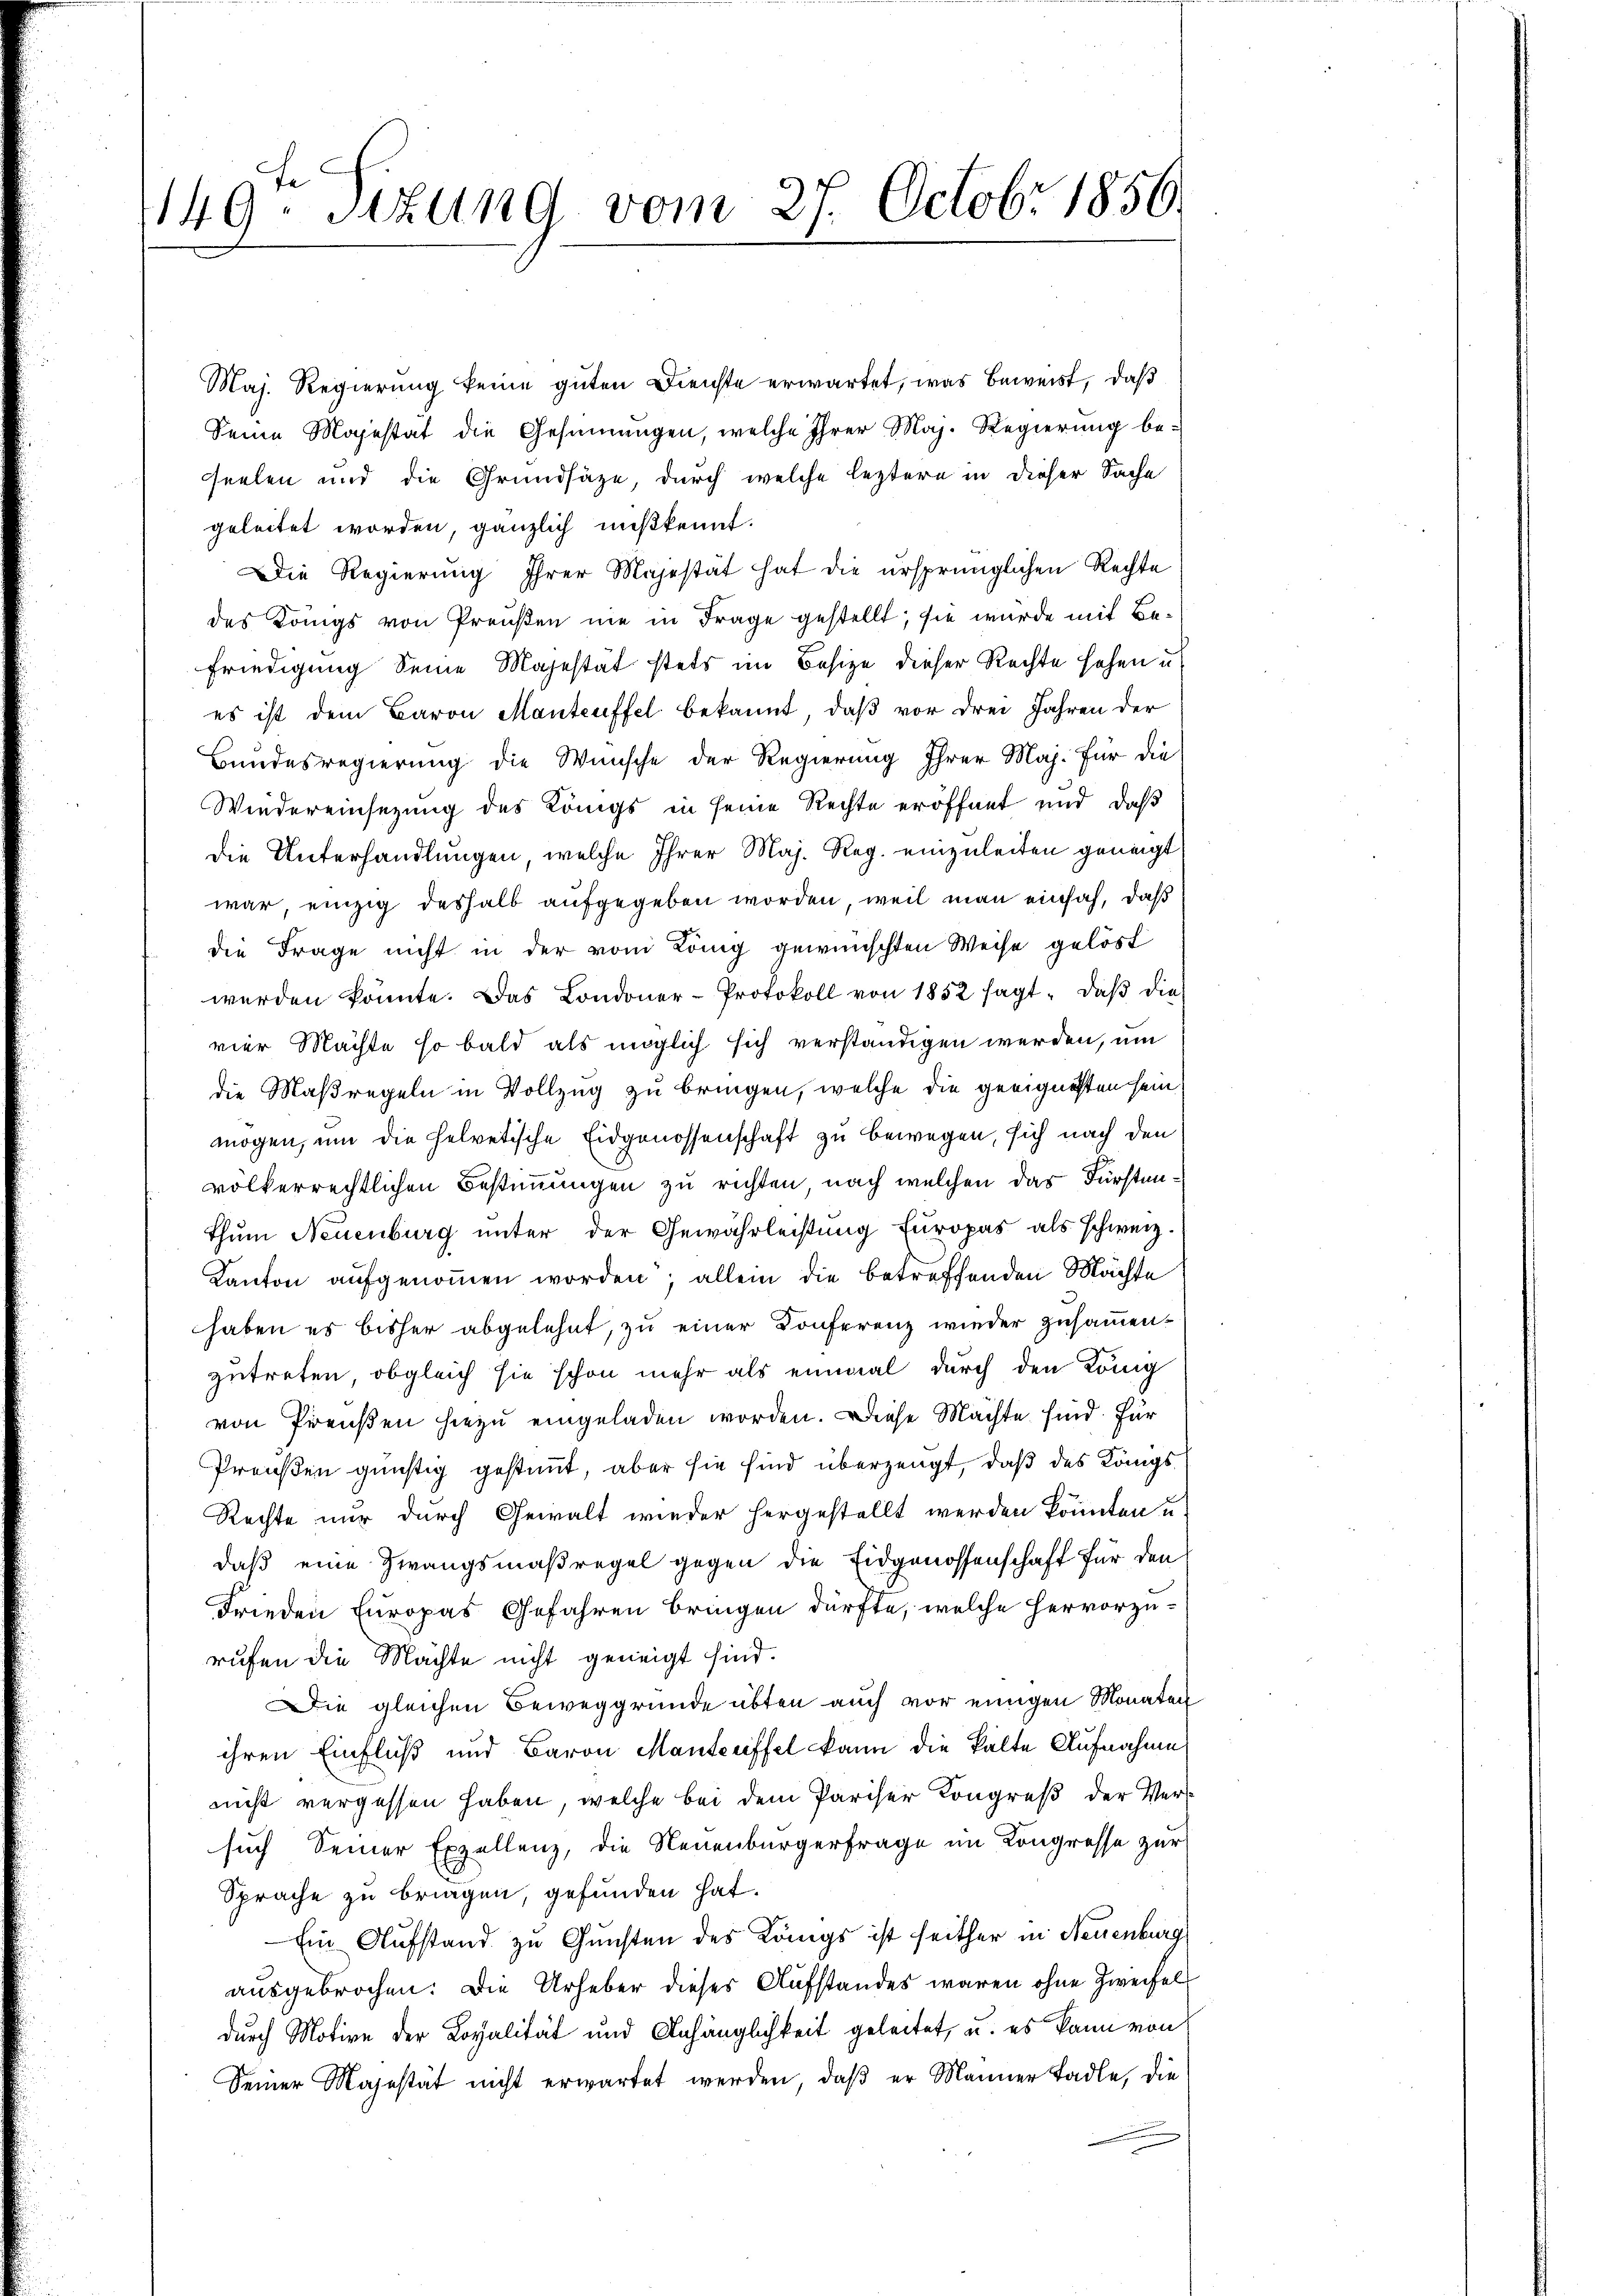
1149. Sizung vom 27. Octobr 1856.

Maj. Regierung keine guten Dienste erwartet, was Beweist, daß
Seine Majestät die Gesinnungen, welche Ihrer Maj. Regierŭng be-
seelen und die Grundsätze, durch welche leztere in dieser Sache
geleitet worden, gänzlich mißkennt.
Die Regierung ihrer Majestät hat die ursprünglichen Rechte
des Königs von Preußen nie in Frage gestellt; sie wurde mit Befriedigung Seine Majestät stets im Besize dieser Rechte sehen u.
es ist dem Baron Manteuffel bekannt, daß vor drei Jahren der
Bundesregierung die Wünsche der Regierung Ihrer Maj. Für die
Wiedereinsezung des Königs in seine Rechte eröffnet und daß
die Unterhandlungen, welche Ihrer Maj. Reg. einzuleiten geneigt,
war, einzig deshalb aufgegeben worden, weil man einsah, daß
die Frage nicht in der vom König gewünschten Weise gelöst
werden könnte. Das Londoner-Protokoll von 1852 sagt, daβ die
vier Machte so bald als möglich sich verständigen werden, um
die Maßregeln in Vollzug zu bringen, welche die geeigneten sein,
mögen, um die helvetische Eidgenossenschaft zu bewegen, sich nach den
völkerrechtlichen Bestimmungen zu richten, nach welchen das Fürstenthum Neuenburg unter der Gewährleistung Europas als schweiz.
Kanton aufgenommen worden; allein die betreffenden Mächte
haben es bisher abgelehnt, zu einer Konferenz wieder zusammenzutreten, obgleich sie schon mehr als einmal durch den König
von Preußen hiezu eingeladen worden. Diese Machte sind. Für
Preußen günstig gestimmt, aber sie sind überzeugt, daß des Königs
Rechte nur durch Gewalt wieder hergestellt werden könnten u.
daß eine Zwangsmaßregel gegen die Eidgenossenschaft für den
Frieden Europas Gefahren bringen dürfte, welche hervorzu-
rufen die Machte nicht geneigt sind.
Die gleichen Beweggrunde übten auch vor einigen Monaten
ihren Einfluß und Baron Manterffel kann die kalte Aufnahme
nicht vergessen haben, welche bei dem Pariser Kongreß der Versuch Seiner Exzellenz, die Neuenburgerfrage im Kongresse zur
Sprache zu bringen, gefunden hat.
Ein Aufstand zu Gunsten des Königs ist seither in Neuenburg
ausgebrochen: Die Urheber dieses Aufstandes waren ohne Zweifel
durch Motive der Loyalität und Anhänglichkeit geleitet, u. es kann von
Seiner Majestät nicht erwartet werden, daβ er Männer tadle, die